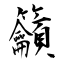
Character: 籲